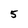
Character: 5